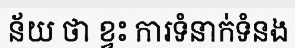
ន័យ ថា ខ្វះ ការទំនាក់ទំនង